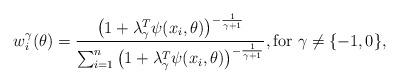
LaTeX: \begin{align*}w^{\gamma}_i(\theta) = \frac{\left(1 + \lambda^T_{\gamma} \psi(x_i, \theta) \right)^ {-\frac{1}{ \gamma + 1} } }{ \sum_{i=1}^n \left(1 + \lambda^T_{\gamma} \psi(x_i, \theta) \right)^{ -\frac{1}{\gamma + 1} }}, \textrm{for } \gamma \neq \{-1, 0\},\end{align*}